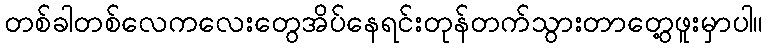
တစ်ခါတစ်လေကလေးတွေအိပ်နေရင်းတုန်တက်သွားတာတွေ့ဖူးမှာပါ။